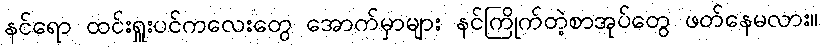
နင်ရော ထင်းရှူးပင်ကလေးတွေ အောက်မှာများ နင်ကြိုက်တဲ့စာအုပ်တွေ ဖတ်နေမလား။